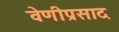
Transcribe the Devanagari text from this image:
वेणीप्रसाद